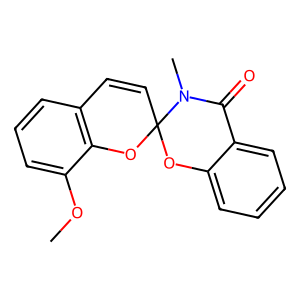
SMILES: COc1cccc2c1OC1(C=C2)Oc2ccccc2C(=O)N1C
Inhibits HIV replication: No